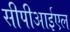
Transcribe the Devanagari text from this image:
सीपीआईएल